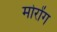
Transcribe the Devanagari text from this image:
मोरोंग